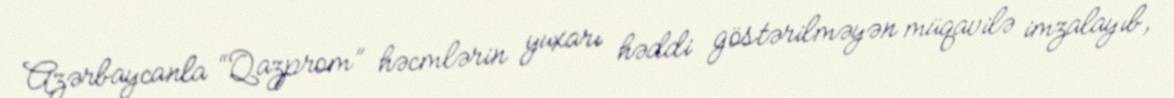
Azərbaycanla “Qazprom” həcmlərin yuxarı həddi göstərilməyən müqavilə imzalayıb,